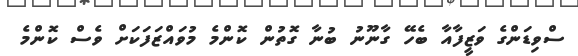
ސްވިޑަންގެ ވަޒީފާއާ ބެހޭ ގާނޫނު ބުނާ ގޮތުން ކޮންމެ މުވައްޒަފަކަށް ވެސް ކޮންމެ